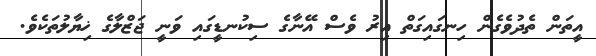
އީތަން ތެދުވެގެން ހިނގައިގަތް އިރު ވެސް އޭނާގެ ސިކުނޑީގައި ވަނީ ޖަޒްލާގެ ޚިޔާލުތަކެވެ.